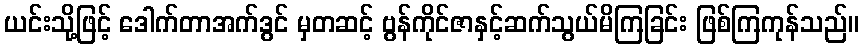
ယင်းသို့ဖြင့် ဒေါက်တာအက်ဒွင် မှတဆင့် ဗွန်ကိုင်ဇာနှင့်ဆက်သွယ်မိကြခြင်း ဖြစ်ကြကုန်သည်။